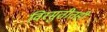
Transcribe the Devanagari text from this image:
विस्मुतीतही